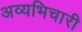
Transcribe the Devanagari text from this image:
अव्यभिचारी